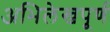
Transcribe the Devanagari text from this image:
अभिलेखपूर्ण